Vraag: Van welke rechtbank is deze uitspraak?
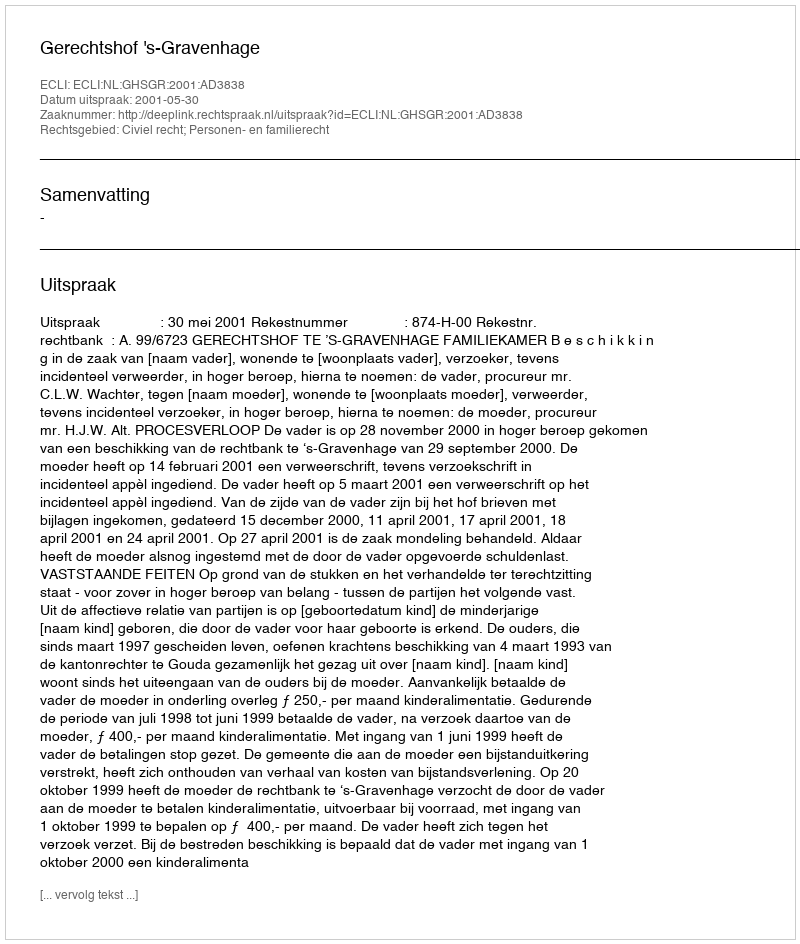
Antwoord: Gerechtshof 's-Gravenhage